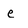
Character: e